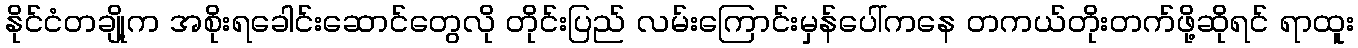
နိုင်ငံတချို့က အစိုးရခေါင်းဆောင်တွေလို တိုင်းပြည် လမ်းကြောင်းမှန်ပေါ်ကနေ တကယ်တိုးတက်ဖို့ဆိုရင် ရာထူး